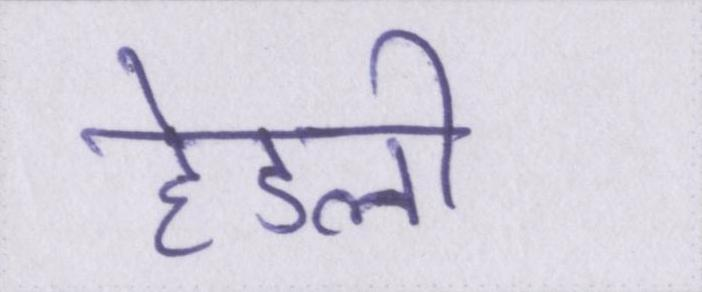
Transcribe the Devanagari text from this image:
हेडली